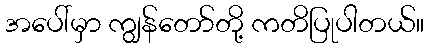
အပေါ်မှာ ကျွန်တော်တို့ ကတိပြုပါတယ်။